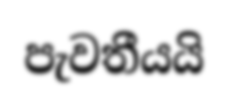
පැවතීයයි